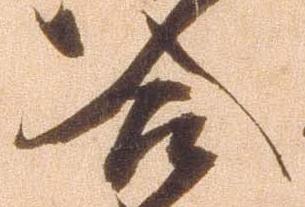
合